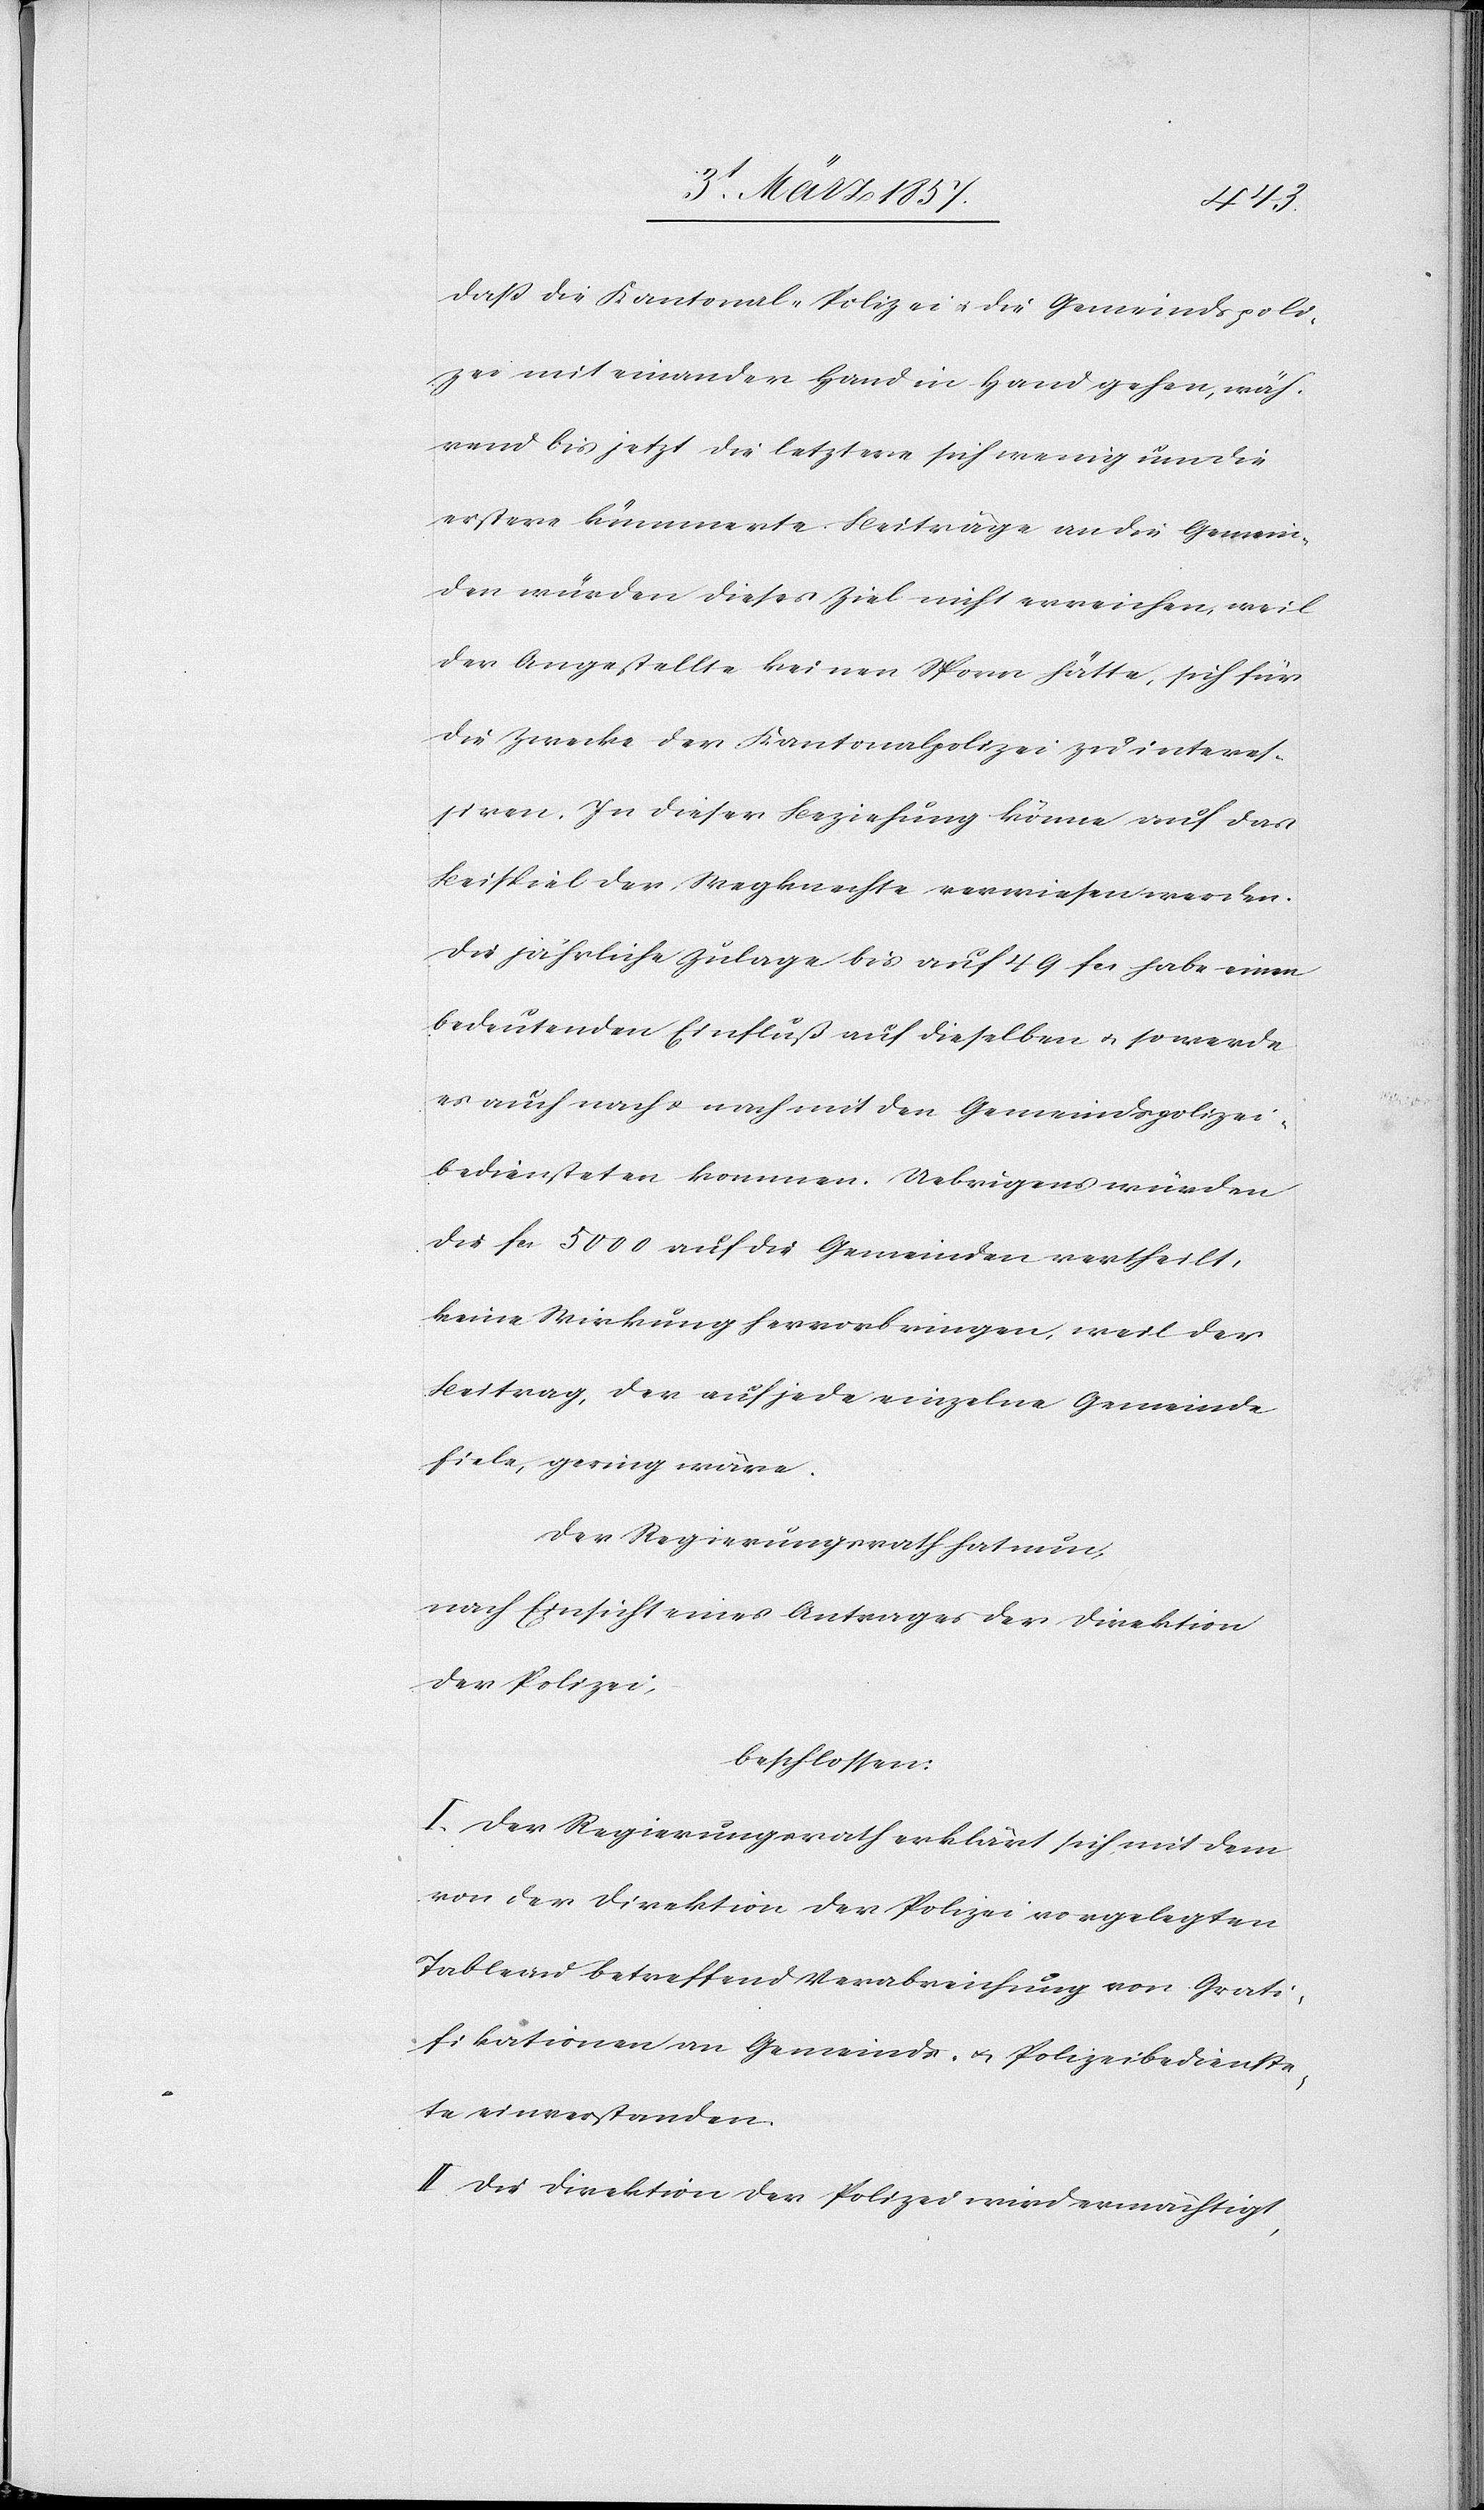
daß die Kantonal-Polizei u. die Gemeindspoli¬
zei miteinander Hand in Hand gehen, wäh¬
rend bis jetzt die letztere sich wenig um die
erstere kümmerte. Beiträge an die Gemein¬
den würden dieses Ziel nicht erreichen, weil
der Angestellte keinen Sporr hätte, sich für
die Zwecke der Kantonalpolizei zu interes¬
siren. In dieser Beziehung könne auf das
Beispiel der Wegknechte verweisen werden.
Die jährliche Zulage bis auf 49 fr. habe einen
bedeutenden Einfluß auf dieselben u. so werde
es auch nach u. nach mit den Gemeindspolizei¬
bediensteten kommen. Uebrigens würden
die fr. 5000 auf die Gemeinden vertheilt,
keine Wirkung hervorbringen, weil der
Beitrag, der auf jede einzelne Gemeinde
fiele, gering wäre.
Der Regierungsrath hat nun,
nach Einsicht eines Antrages der Direktion
der Polizei,
beschlossen:
I. Der Regierungsrath erklärt sich mit dem
von der Direktion der Polizei vorgelegten
Tableau betreffend Verabreichung von Grati¬
fikationen an Gemeinds- u. Polizeibedienste¬
te einverstanden.
II. Die Direktion der Polizei wird ermächtigt,